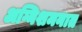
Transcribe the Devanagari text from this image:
अग्निशमनात